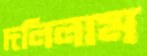
দলিলাম